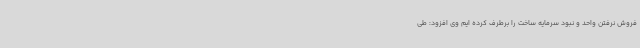
فروش نرفتن واحد و نبود سرمایه ساخت را برطرف کرده ایم وی افزود: طی